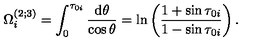
\Omega _ { i } ^ { ( 2 ; 3 ) } = \int _ { 0 } ^ { \tau _ { 0 i } } \frac { \mathrm { d } \theta } { \cos \theta } = \ln \left( \frac { 1 + \sin \tau _ { 0 i } } { 1 - \sin \tau _ { 0 i } } \right) .